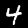
Digit: 4